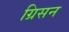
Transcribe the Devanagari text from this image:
ग्रिसन